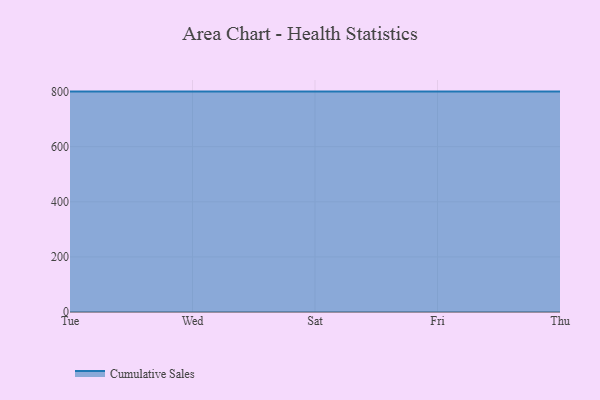
{"axis": {"x": "Day", "y": "Population (Million)"}, "legend": ["Cumulative Sales"], "data": [{"x": "Tue", "y": 800, "type": "Cumulative Sales"}, {"x": "Wed", "y": 800, "type": "Cumulative Sales"}, {"x": "Sat", "y": 800, "type": "Cumulative Sales"}, {"x": "Fri", "y": 800, "type": "Cumulative Sales"}, {"x": "Thu", "y": 800, "type": "Cumulative Sales"}]}